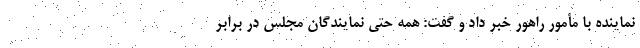
نماینده با مأمور راهور خبر داد و گفت: همه حتی نمایندگان مجلس در برابر